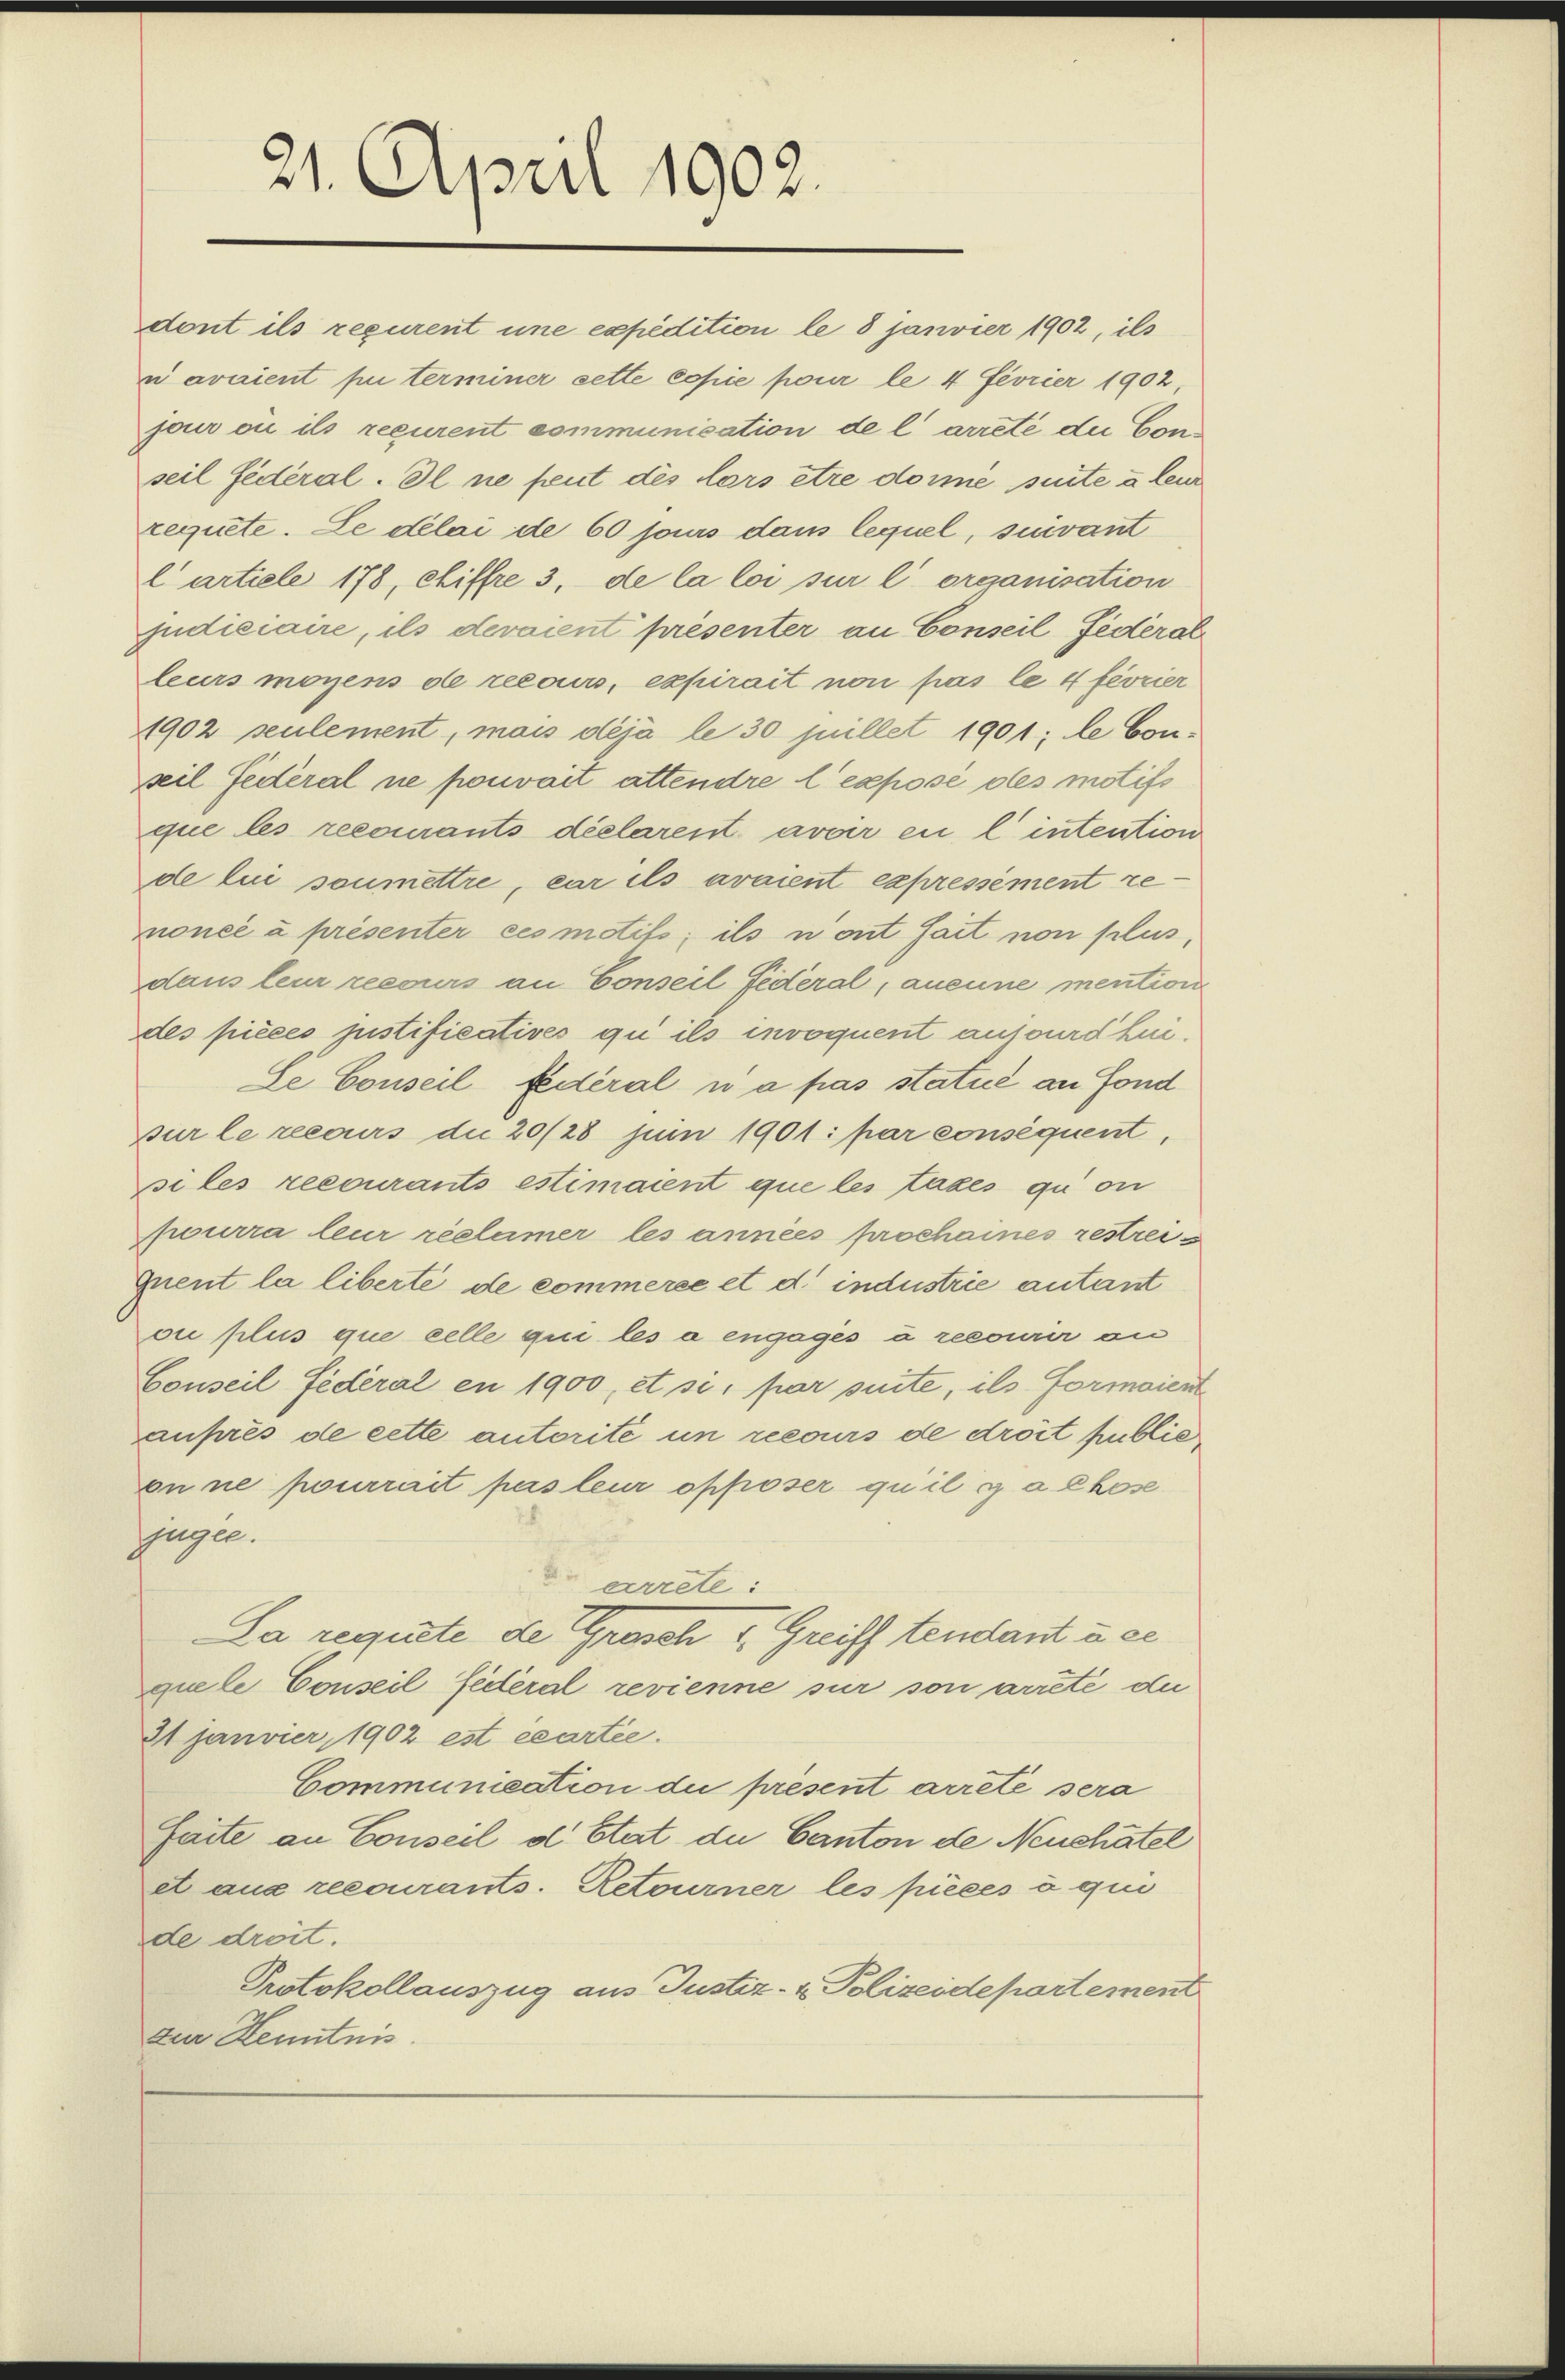
21. April 1902.

requete. Le délai de 60 jours dans lequel, suivant
l artiele 178, chiffre 3, de la loi sur l’ organisation
judiciaire, ils devaient présenter an Conseil Federal
leurs moyens de recours, expirait non pas le 4 février
1902 seulement, mais déjà le 30 jullet 1901; le Conseil Federal ne pouvait attendre l’expose des motifs
que les recourants déclarent avoir en l’ intention
de lui soumettre, car ils avaient expressément renoncé à présenter ces motifs; ils nont sait non plus,
dans leur recours an Conseil Federal, aucune mention
des pièces justificatives qu ils invoquent auswurd hie¬
Se Conseil fédéral u a pas statué an Fond
Bur le recours du 20/28 juin 1901: par conséquent,
si les recourants estimaient que les taxes qui on
pourra leur réclamer les années prochaines restrei¬
Quent la liberté de commerce et d. industrie autant
oi plus que celle qui les à engagés à recourir an
Conseil Federal en 1900, et si, par suite, ils Formaient
auprès de cette autorité un recours de droit public
on ne pourrait pas leur opposer qu’il y a chose
jügee.
arrete:
La requete de Grosch u. Greiff tendant à ce
quele Conseil federal revienne sur son arrete du
21 janvier 1902 est écartie.
Communication die present arrete sera
faite an Conseil d’Etat de Canton de Neuchâtel
et aus recourants. Retourner les pièces o qui
de droit.
Protokollauszug aus Justiz- & Polizeidepartement
zur Kenntnis

dont ils reçurent une expedition le 8 Janvier 1902, ils
n avaient pu terminer sette copie pour le 4 Fevrier 1902,
jour ou ils recurent communication de l arreté die Conseil fédéral. Il ne freut dès lars être donne suite à leur